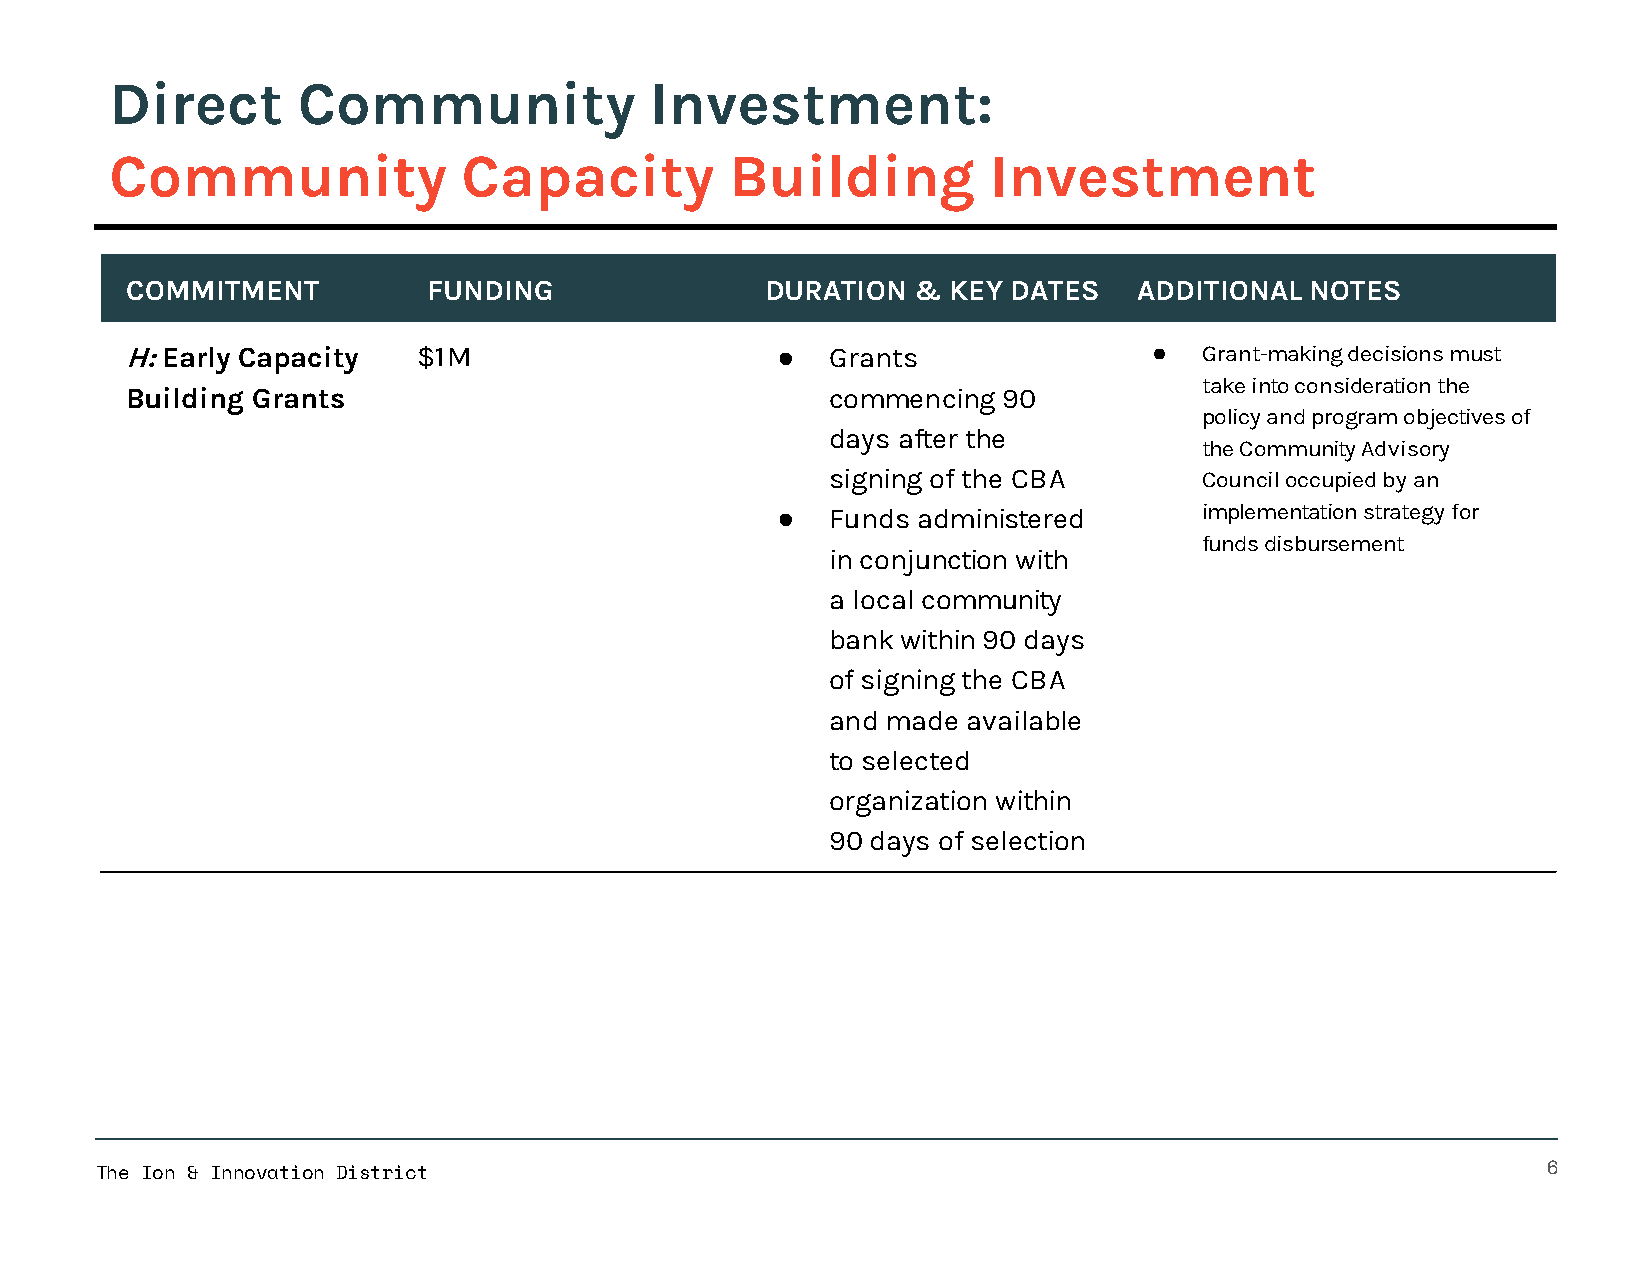
Direct       Community              Investment:
 Community               Capacity         Building         Investment
 COMMITMENT          FUNDING                DURATION &  KEY DATES   ADDITIONAL  NOTES
 H: Early Capacity   $1M                    ●   Grants               ●   Grant-making decisions must
 take into consideration the
 Building Grants                                commencing 90
 policy and program objectives of
 days after the
 the Community Advisory
 signing of the CBA       Council occupied by an
 ●   Funds administered       implementation strategy for
 funds disbursement
 in conjunction with
 a local community
 bank within 90 days
 of signing the CBA
 and made available
 to selected
 organization within
 90 days of selection
 The Ion & Innovation District                                                                   6